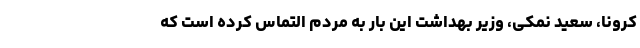
کرونا، سعید نمکی، وزیر بهداشت این‌ بار به مردم التماس کرده است که